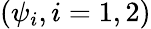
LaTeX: (\psi_{i},i=1,2)